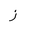
Letter: _zay